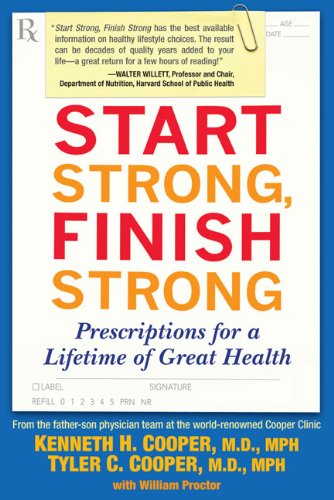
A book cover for Start Strong, Finish Strong: Prescriptions for a Lifetime of Great Health; Kenneth Cooper M.D.  MPH; Health, Fitness & Dieting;